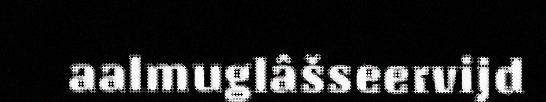
aalmuglâšseervijd